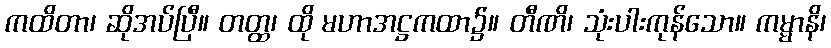
ကထိတာ၊ ဆိုအပ်ပြီ။ တတ္ထ၊ ထို မဟာအဋ္ဌကထာ၌။ တီဏိ၊ သုံးပါးကုန်သော။ ကမ္မာနိ၊